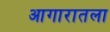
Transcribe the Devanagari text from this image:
आगारातला